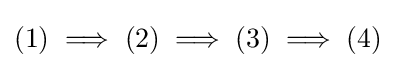
(1)\implies (2)\implies (3)\implies (4)